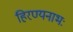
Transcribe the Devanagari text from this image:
हिरण्यनाभः